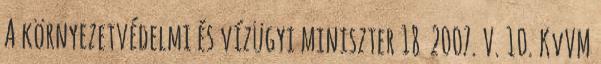
A környezetvédelmi és vízügyi miniszter 18 2007. V. 10. KvVM